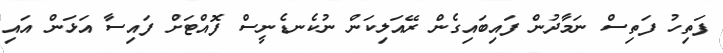
ފަތިހު ފަތިސް ނަމާދުން ފައިބައިގެން ރޭއަލިކަން ނުކެނޑެނީސް ފޮއްޓަށް ފައިސާ އަޅަން އައި